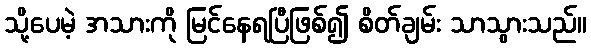
သို့ပေမဲ့ အသားကို မြင်နေရပြီဖြစ်၍ စိတ်ချမ်း သာသွားသည်။